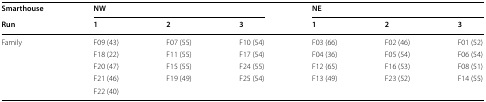
| Smarthouse | <COLSPAN=3> NW | <COLSPAN=3> NE |
 | Run | 1 | 2 | 3 | 1 | 2 | 3 |
 | --- | --- | --- | --- | --- | --- | --- |
 | <ROWSPAN=5> Family | F09 (43) | F07 (55) | F10 (54) | F03 (66) | F02 (46) | F01 (52) |
 | F18 (22) | F11 (55) | F17 (54) | F04 (36) | F05 (54) | F06 (54) |
 | F20 (47) | F15 (55) | F24 (55) | F12 (65) | F16 (53) | F08 (51) |
 | F21 (46) | F19 (49) | F25 (54) | F13 (49) | F23 (52) | F14 (55) |
 | F22 (40) |  |  |  |  |  |